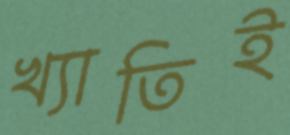
খ্যাতিই